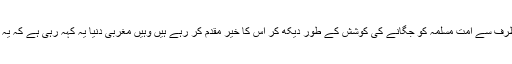
اسلامی دنیا کے عوام اس ڈرامے کو طیب اردگان کی طرف سے امت مسلمہ کو جگانے کی کوشش کے طور دیکھ کر اس کا خیر مقدم کر رہے ہیں وہیں مغربی دنیا یہ کہہ رہی ہے کہ یہ ڈراما مسلم نوجوانوں میں شدت پسندی کو فروغ دے گا۔